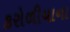
કરોળીયાના